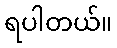
ရပါတယ်။